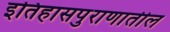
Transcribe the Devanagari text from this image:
इतिहासपुराणातील